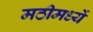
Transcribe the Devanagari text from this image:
मठीमध्यें